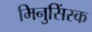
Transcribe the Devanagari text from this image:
मिनुसिंस्क